Civil Veterinary Dept. Bombay admin report 1914-1922 - 1914-1922
Year: 1914
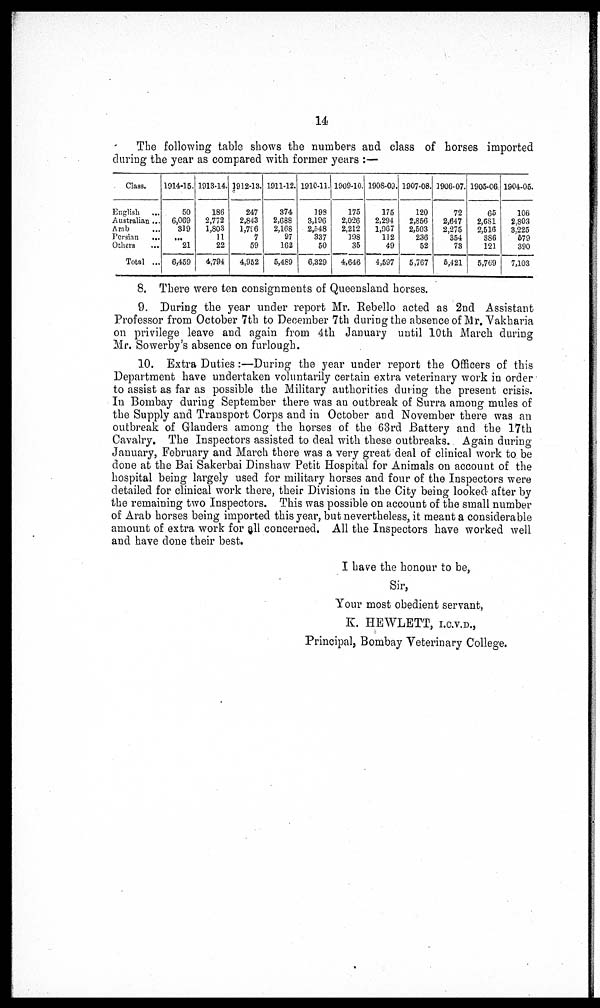
14
The following table shows the numbers and class of horses imported
during the year as compared with former years :—
Class.
English
...
Australian ...
Arab ...
Persian
...
Others ...
Total ...
1914-15.
50
6,069
319
...
21
6,459
1913-14.
186
2,772
1,803
11
22
4,794
1912-13.
247
2,843
1,716
7
59
4,952
1911-12.
374
2,688
2,168
97
162
5,489
1910-11.
198
3,196
2,548
337
50
6,329
1909-10.
175
2,026
2,212
198
35
4,646
1908-09.
175
2,294
1,967
112
49
4,597
1907-08.
120
2,856
2,503
236
52
5,767
1906-07.
72
2,647
2,275
354
73
5,421
1905-06.
65
2,681
2,516
386
121
5,769
1904-05.
106
2,803
3,225
679
390
7,103
8. There were ten consignments of Queensland horses.
9. During the year under report Mr. Rebello acted as 2nd Assistant
Professor from October 7th to December 7th during the absence of Mr. Vakharia
on privilege leave and again from 4th January until 10th March during
Mr. Sowerby's absence on furlough.
10. Extra Duties:—During the year under report the Officers of this
Department have undertaken voluntarily certain extra veterinary work in order
to assist as far as possible the Military authorities during the present crisis.
In Bombay during September there was an outbreak of Surra among mules of
the Supply and Transport Corps and in October and November there was an
outbreak of Glanders among the horses of the 63rd Battery and the 17th
Cavalry. The Inspectors assisted to deal with these outbreaks. Again during
January, February and March there was a very great deal of clinical work to be
done at the Bai Sakerbai Dinshaw Petit Hospital for Animals on account of the
hospital being largely used for military horses and four of the Inspectors were
detailed for clinical work there, their Divisions in the City being looked after by
the remaining two Inspectors. This was possible on account of the small number
of Arab horses being imported this year, but nevertheless, it meant a considerable
amount of extra work for all concerned. All the Inspectors have worked well
and have done their best.
I have the honour to be,
Sir,
Your most obedient servant,
K. HEWLETT, I.C.V.D.,
Principal, Bombay Veterinary College.